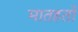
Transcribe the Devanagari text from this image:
मातहतों